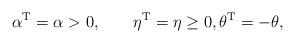
LaTeX: \begin{align*}\alpha^{\mathrm{T}}=\alpha>0,\qquad\eta^{\mathrm{T}}=\eta\geq0,\theta^{\mathrm{T}}=-\theta, \end{align*}